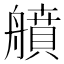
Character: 䒈